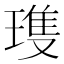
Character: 𪼌